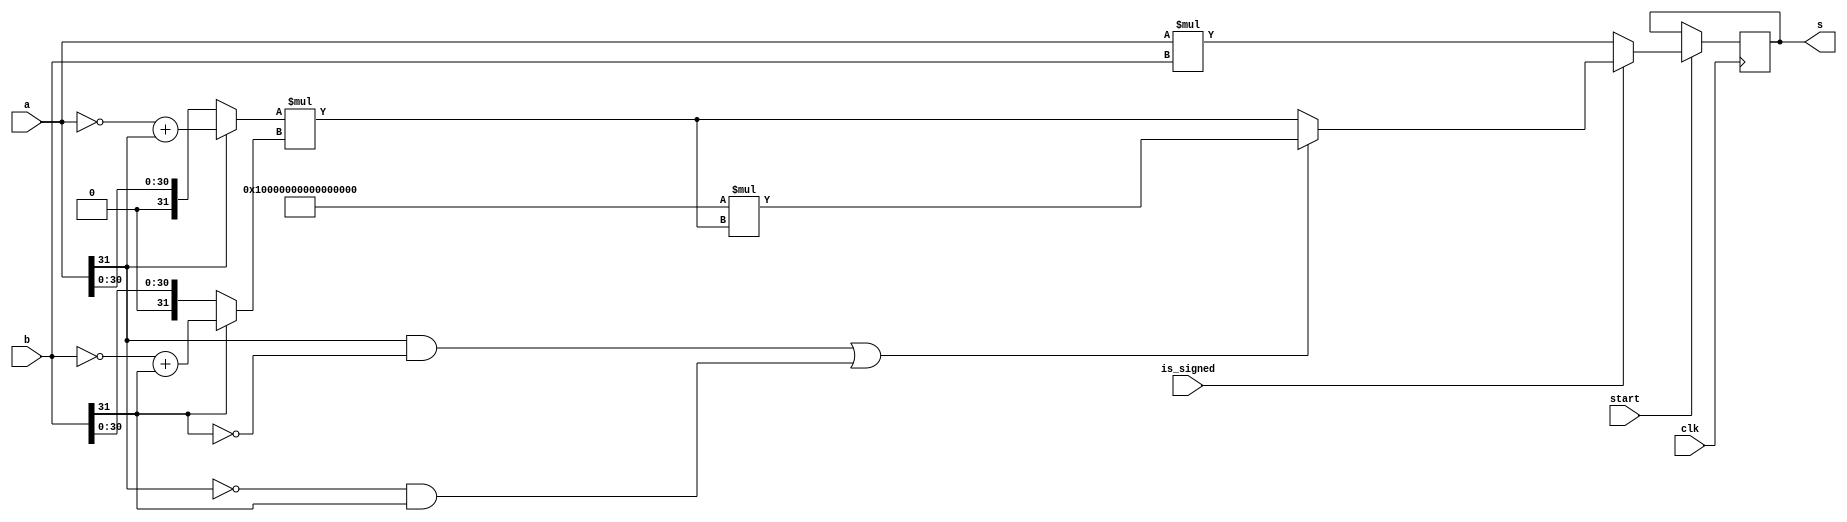
module multiplier(input [31:0] a, b,
           input clk,
           input start, is_signed,
           output  [63:0] s);

  wire [31:0] AA;
  assign AA = (a[31]) ? (~a+a[31]) : a ;
  wire [31:0] BB;
  assign BB = (b[31]) ? (~b+b[31]) : b;

  reg [63:0] product;

  always @(posedge clk) begin
    if(start) begin
      if(is_signed) begin
        if ((a[31]&~b[31]) || (~a[31]&b[31])) begin
          product <= -1*(AA*BB);
        end else begin
          product <= AA*BB;
        end
      end else begin
        product <= a*b;
      end

    end
  end

  assign s = product;

endmodule